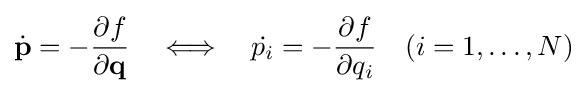
{\dot {\mathbf {p} }}=-{\frac {\partial f}{\partial \mathbf {q} }}\quad \Longleftrightarrow \quad {\dot {p_{i}}}=-{\frac {\partial f}{\partial {q_{i}}}}\quad (i=1,\dots ,N)